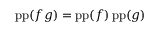
\operatorname { p p } ( f g ) = \operatorname { p p } ( f ) \operatorname { p p } ( g )